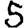
Digit: 5